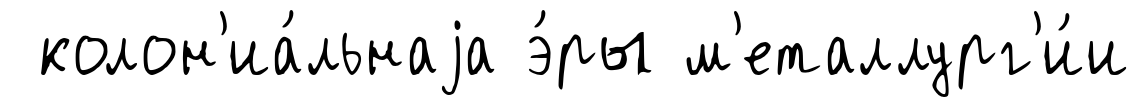
колон'иа́льнаjа э́ры м'еталлург'и́и